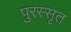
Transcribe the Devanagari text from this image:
पुरस्सृत